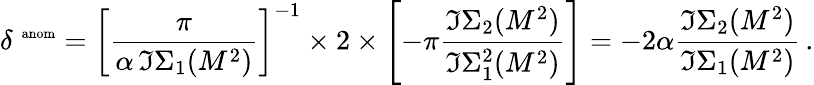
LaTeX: \delta^{\, \mathrm{\scriptsize~anom}}=\left[\frac{\pi}{\alpha\, \Im\Sigma_{1}(M^{2})}\right]^{-1}\times 2\times\left[-\pi\frac{\Im\Sigma_{2}(M^{2})}{\Im\Sigma_{1}^{2}(M^{2})}\right]=-2\alpha\frac{\Im\Sigma_{2}(M^{2})}{\Im\Sigma_{1}(M^{2})}\, .